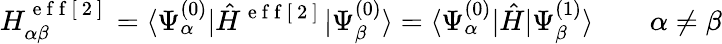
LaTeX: H_{\alpha\beta}^{\mathrm{~e~f~f~[~2~]~}}=\langle\Psi_{\alpha}^{(0)}|\hat{H}^{\mathrm{~e~f~f~[~2~]~}}|\Psi_{\beta}^{(0)}\rangle=\langle\Psi_{\alpha}^{(0)}|\hat{H}|\Psi_{\beta}^{(1)}\rangle\qquad\alpha\neq\beta